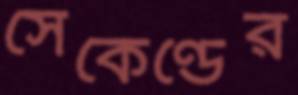
সেকেণ্ডের